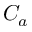
C _ { a }